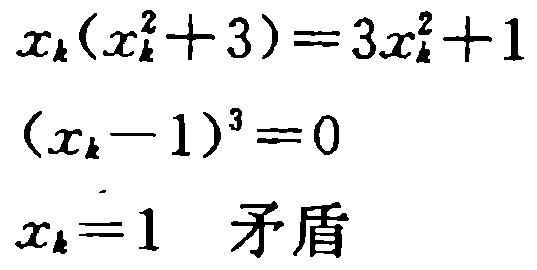
\[

\begin{align*}

x_{k}(x_{k}^{2}+3)&=3x_{k}^{2}+1\\

(x_{k}-1)^{3}&=0\\

x_{k}&=1 \quad 矛盾

\end{align*}

\]